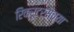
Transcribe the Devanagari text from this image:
रिक्रूटर्सच्या